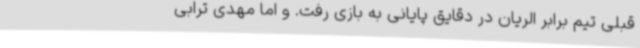
قبلی تیم برابر الریان در دقایق پایانی به بازی رفت. و اما مهدی ترابی